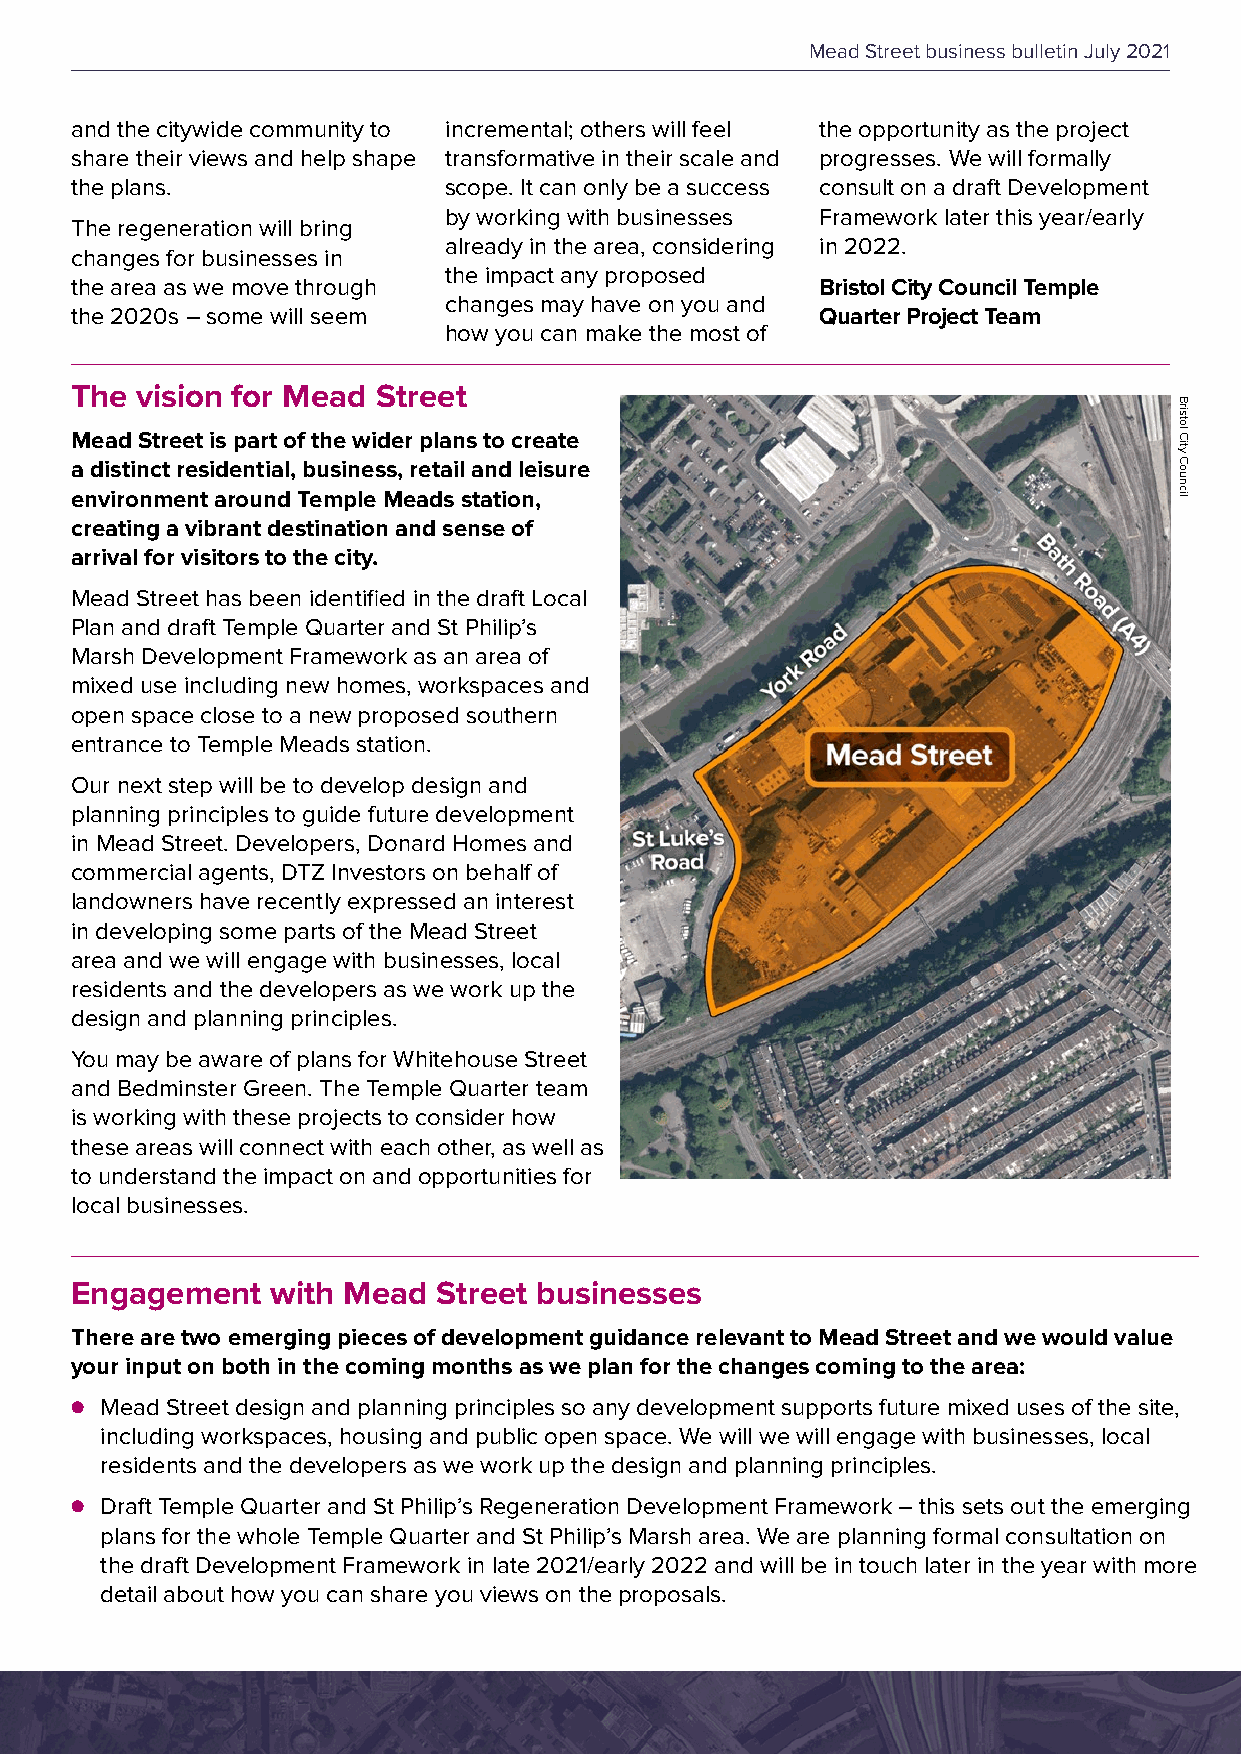
Mead Street business bulletin July 2021
 and the citywide community to incremental; others will feel the opportunity as the project
 share their views and help shape transformative in their scale and progresses. We will formally
 the plans.              scope. It can only be a success consult on a draft Development
 by working with businesses Framework later this year/early
 The regeneration will bring
 already in the area, considering in 2022.
 changes for businesses in
 the impact any proposed
 the area as we move through                      Bristol City Council Temple
 changes may have on you and
 the 2020s – some will seem                       Quarter Project Team
 how you can make the most of
 The vision for Mead Street
 Mead Street is part of the wider plans to create
 a distinct residential, business, retail and leisure
 environment around Temple Meads station,
 creating a vibrant destination and sense of
 arrival for visitors to the city.
 Mead Street has been identified in the draft Local
 Plan and draft Temple Quarter and St Philip’s
 Marsh Development Framework as an area of
 mixed use including new homes, workspaces and
 open space close to a new proposed southern
 entrance to Temple Meads station.
 Our next step will be to develop design and
 planning principles to guide future development
 in Mead Street. Developers, Donard Homes and
 commercial agents, DTZ Investors on behalf of
 landowners have recently expressed an interest
 in developing some parts of the Mead Street
 area and we will engage with businesses, local
 residents and the developers as we work up the
 design and planning principles.
 You may be aware of plans for Whitehouse Street
 and Bedminster Green. The Temple Quarter team
 is working with these projects to consider how
 these areas will connect with each other, as well as
 to understand the impact on and opportunities for
 local businesses.
 Engagement   with Mead  Street businesses
 There are two emerging pieces of development guidance relevant to Mead Street and we would value
 your input on both in the coming months as we plan for the changes coming to the area:
 ● Mead Street design and planning principles so any development supports future mixed uses of the site,
 including workspaces, housing and public open space. We will we will engage with businesses, local
 residents and the developers as we work up the design and planning principles.
 ● Draft Temple Quarter and St Philip’s Regeneration Development Framework – this sets out the emerging
 plans for the whole Temple Quarter and St Philip’s Marsh area. We are planning formal consultation on
 the draft Development Framework in late 2021/early 2022 and will be in touch later in the year with more
 detail about how you can share you views on the proposals.
 Bristol
 City
 Council